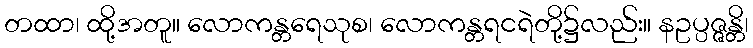
တထာ၊ ထို့အတူ။ လောကန္တရေသုစ၊ လောကန္တရငရဲတို့၌လည်း။ နဥပ္ပဇ္ဇန္တိ၊